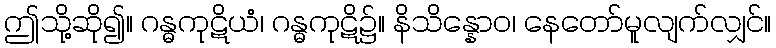
ဤသို့ဆို၍။ ဂန္ဓကုဋိယံ၊ ဂန္ဓကုဋိ၌။ နိသိန္နောဝ၊ နေတော်မူလျက်လျှင်။